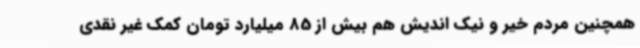
همچنین مردم خیر و نیک اندیش هم بیش از 85 میلیارد تومان کمک غیر نقدی